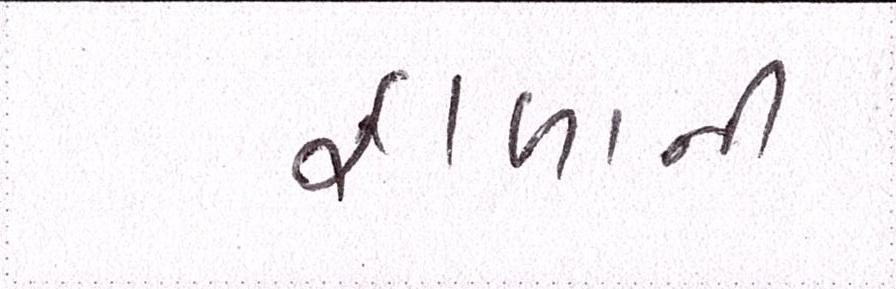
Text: ફાળાની